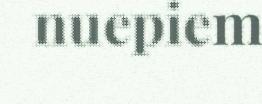
nuepiem